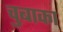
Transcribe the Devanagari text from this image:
चुबाका